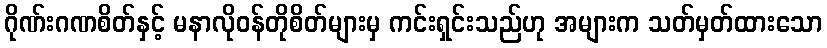
ဂိုဏ်းဂဏစိတ်နှင့် မနာလိုဝန်တိုစိတ်များမှ ကင်းရှင်းသည်ဟု အများက သတ်မှတ်ထားသော